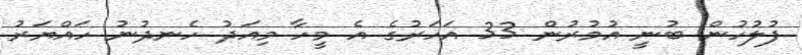
ފުލުހުން ބުނީ އުމުރުން 33 އަހަރުގެ އެ މީހާ މިއަދު ހެނދުނު ހައްޔަރު